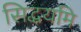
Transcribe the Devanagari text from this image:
सिद्धयमि